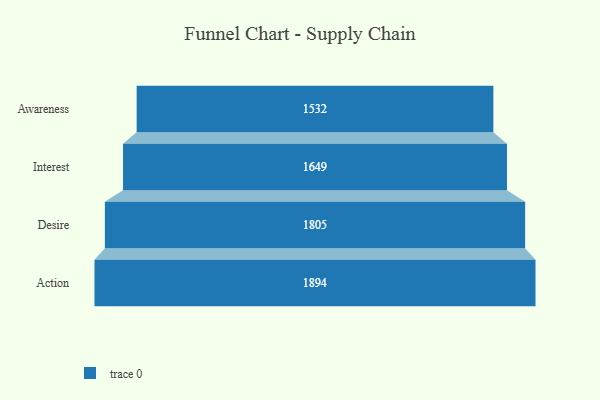
{"axis": {"x": "Stage", "y": "Value"}, "legend": [""], "data": [{"x": "Awareness", "y": 1532.0, "type": ""}, {"x": "Interest", "y": 1649.0, "type": ""}, {"x": "Desire", "y": 1805.0, "type": ""}, {"x": "Action", "y": 1894.0, "type": ""}]}